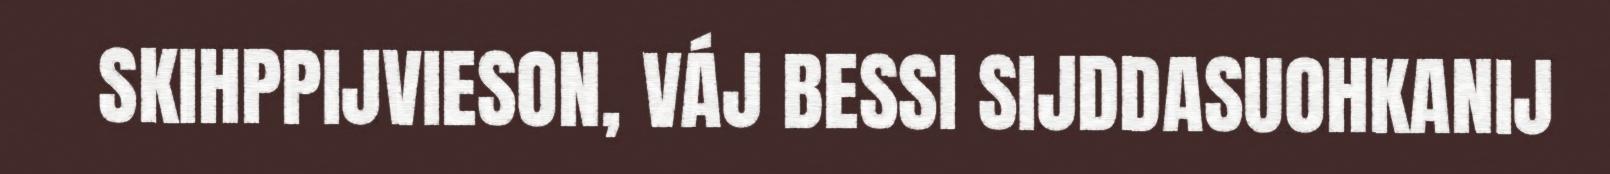
SKIHPPIJVIESON, VÁJ BESSI SIJDDASUOHKANIJ